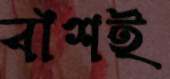
বাঁশই